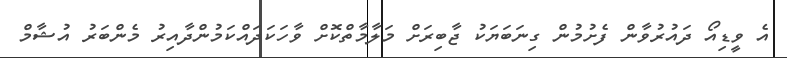
އެ ވީޑިއޯ ދައުރުވާން ފެށުމުން ގިނަބަޔަކު ޖާބިރަށް މަލާމާތްކޮށް ވާހަކަދައްކަމުންދާއިރު މެންބަރު އުޝާމް